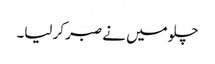
چلو میں نے صبر کر لیا۔